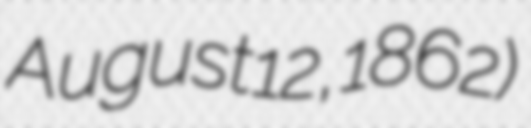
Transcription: August 12, 1862)